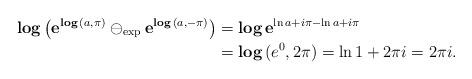
LaTeX: \begin{align*} \mathbf{log}\, \big( \mathbf{e}^{\mathbf{log}\, (a,\pi )}\ominus _\mathrm{exp}\mathbf{e}^{\mathbf{log}\, (a,-\pi )}\big) & =\mathbf{log}\, \mathbf{e}^{\ln a+i\pi -\ln a+i\pi }\\ & =\mathbf{log }\,(e^0,2\pi )=\ln 1+2\pi i=2\pi i. \end{align*}